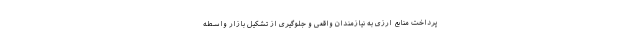
پرداخت منابع ارزی به نیازمندان واقعی و جلوگیری از تشکیل بازار واسطه